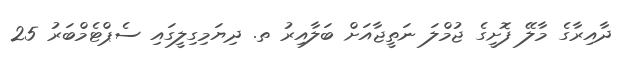
ދާއިރާގެ މާލޭ ފޮށީގެ ޖުމްލަ ނަތީޖާއަށް ބަލާއިރު ތ. ދިޔަމިގިލީގައި ސެޕްޓެމްބަރު 25